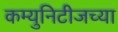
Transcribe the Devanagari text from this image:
कम्युनिटीजच्या